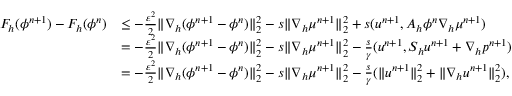
\begin{array} { r l } { F _ { h } ( \phi ^ { n + 1 } ) - F _ { h } ( \phi ^ { n } ) } & { \leq - \frac { \varepsilon ^ { 2 } } { 2 } \| \nabla _ { h } ( \phi ^ { n + 1 } - \phi ^ { n } ) \| _ { 2 } ^ { 2 } - s \| \nabla _ { h } \mu ^ { n + 1 } \| _ { 2 } ^ { 2 } + s ( \boldsymbol { u } ^ { n + 1 } , A _ { h } \phi ^ { n } \nabla _ { h } \mu ^ { n + 1 } ) } \\ & { = - \frac { \varepsilon ^ { 2 } } { 2 } \| \nabla _ { h } ( \phi ^ { n + 1 } - \phi ^ { n } ) \| _ { 2 } ^ { 2 } - s \| \nabla _ { h } \mu ^ { n + 1 } \| _ { 2 } ^ { 2 } - \frac { s } { \gamma } ( \boldsymbol { u } ^ { n + 1 } , { \cal S } _ { h } \boldsymbol { u } ^ { n + 1 } + \nabla _ { h } p ^ { n + 1 } ) } \\ & { = - \frac { \varepsilon ^ { 2 } } { 2 } \| \nabla _ { h } ( \phi ^ { n + 1 } - \phi ^ { n } ) \| _ { 2 } ^ { 2 } - s \| \nabla _ { h } \mu ^ { n + 1 } \| _ { 2 } ^ { 2 } - \frac { s } { \gamma } ( \| \boldsymbol { u } ^ { n + 1 } \| _ { 2 } ^ { 2 } + \| \nabla _ { h } \boldsymbol { u } ^ { n + 1 } \| _ { 2 } ^ { 2 } ) , } \end{array}